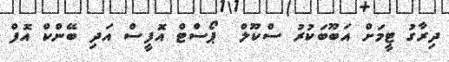
ދިރާގު ޓީމަށް އަބޫބަކުރު ސްކޫލް  ޕޯސްޓް އޮފީސް އަދި ބޭންކް އޮފް